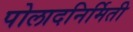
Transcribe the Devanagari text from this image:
पोलादनिर्मिती